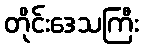
တိုင်းဒေသကြီး